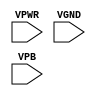
module sky130_fd_sc_ls__decaphetap (
    VPWR,
    VGND,
    VPB
);

    // Module ports
    input VPWR;
    input VGND;
    input VPB ;
     // No contents.
endmodule